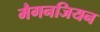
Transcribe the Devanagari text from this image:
मैगनजियन